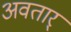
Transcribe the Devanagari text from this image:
अवतार्